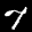
Label: 7